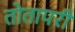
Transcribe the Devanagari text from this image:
तोतापरी